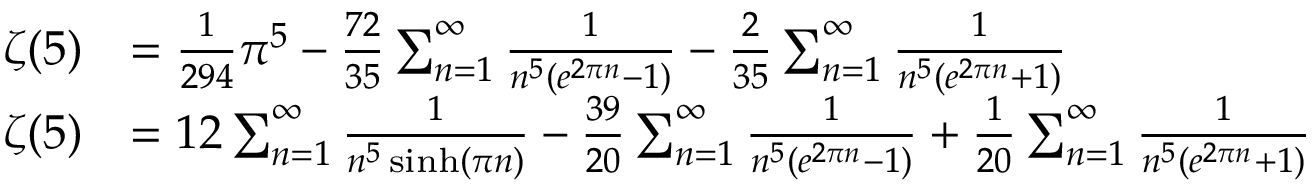
{ \begin{array} { r l } { \zeta ( 5 ) } & { = { \frac { 1 } { 2 9 4 } } \pi ^ { 5 } - { \frac { 7 2 } { 3 5 } } \sum _ { n = 1 } ^ { \infty } { \frac { 1 } { n ^ { 5 } ( e ^ { 2 \pi n } - 1 ) } } - { \frac { 2 } { 3 5 } } \sum _ { n = 1 } ^ { \infty } { \frac { 1 } { n ^ { 5 } ( e ^ { 2 \pi n } + 1 ) } } } \\ { \zeta ( 5 ) } & { = 1 2 \sum _ { n = 1 } ^ { \infty } { \frac { 1 } { n ^ { 5 } \sinh ( \pi n ) } } - { \frac { 3 9 } { 2 0 } } \sum _ { n = 1 } ^ { \infty } { \frac { 1 } { n ^ { 5 } ( e ^ { 2 \pi n } - 1 ) } } + { \frac { 1 } { 2 0 } } \sum _ { n = 1 } ^ { \infty } { \frac { 1 } { n ^ { 5 } ( e ^ { 2 \pi n } + 1 ) } } } \end{array} }